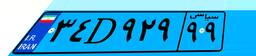
۷۷D۷۸۵۲۰